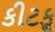
કીટકૢ